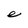
Character: e